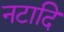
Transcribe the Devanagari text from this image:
नटादि